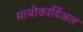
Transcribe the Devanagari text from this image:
मायोकार्डिअल